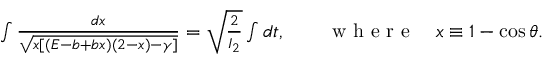
\begin{array} { r } { \int \frac { d x } { \sqrt { x [ ( E - b + b x ) ( 2 - x ) - \gamma ] } } = \sqrt { \frac { 2 } { I _ { 2 } } } \int d t , \qquad \mathrm { ~ w ~ h ~ e ~ r ~ e ~ } \quad x \equiv 1 - \cos \theta . } \end{array}